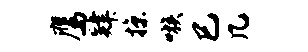
鹰肄掠嗾巳几